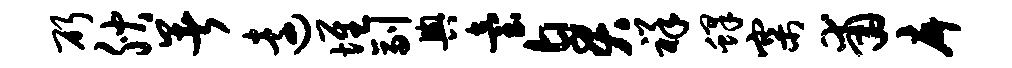
斫腴暑远堆副舆台臭祥蜂寨甫戽